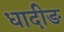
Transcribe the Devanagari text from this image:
धादीङ